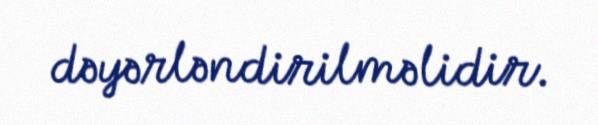
dəyərləndirilməlidir.